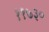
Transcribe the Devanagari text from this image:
११७३०